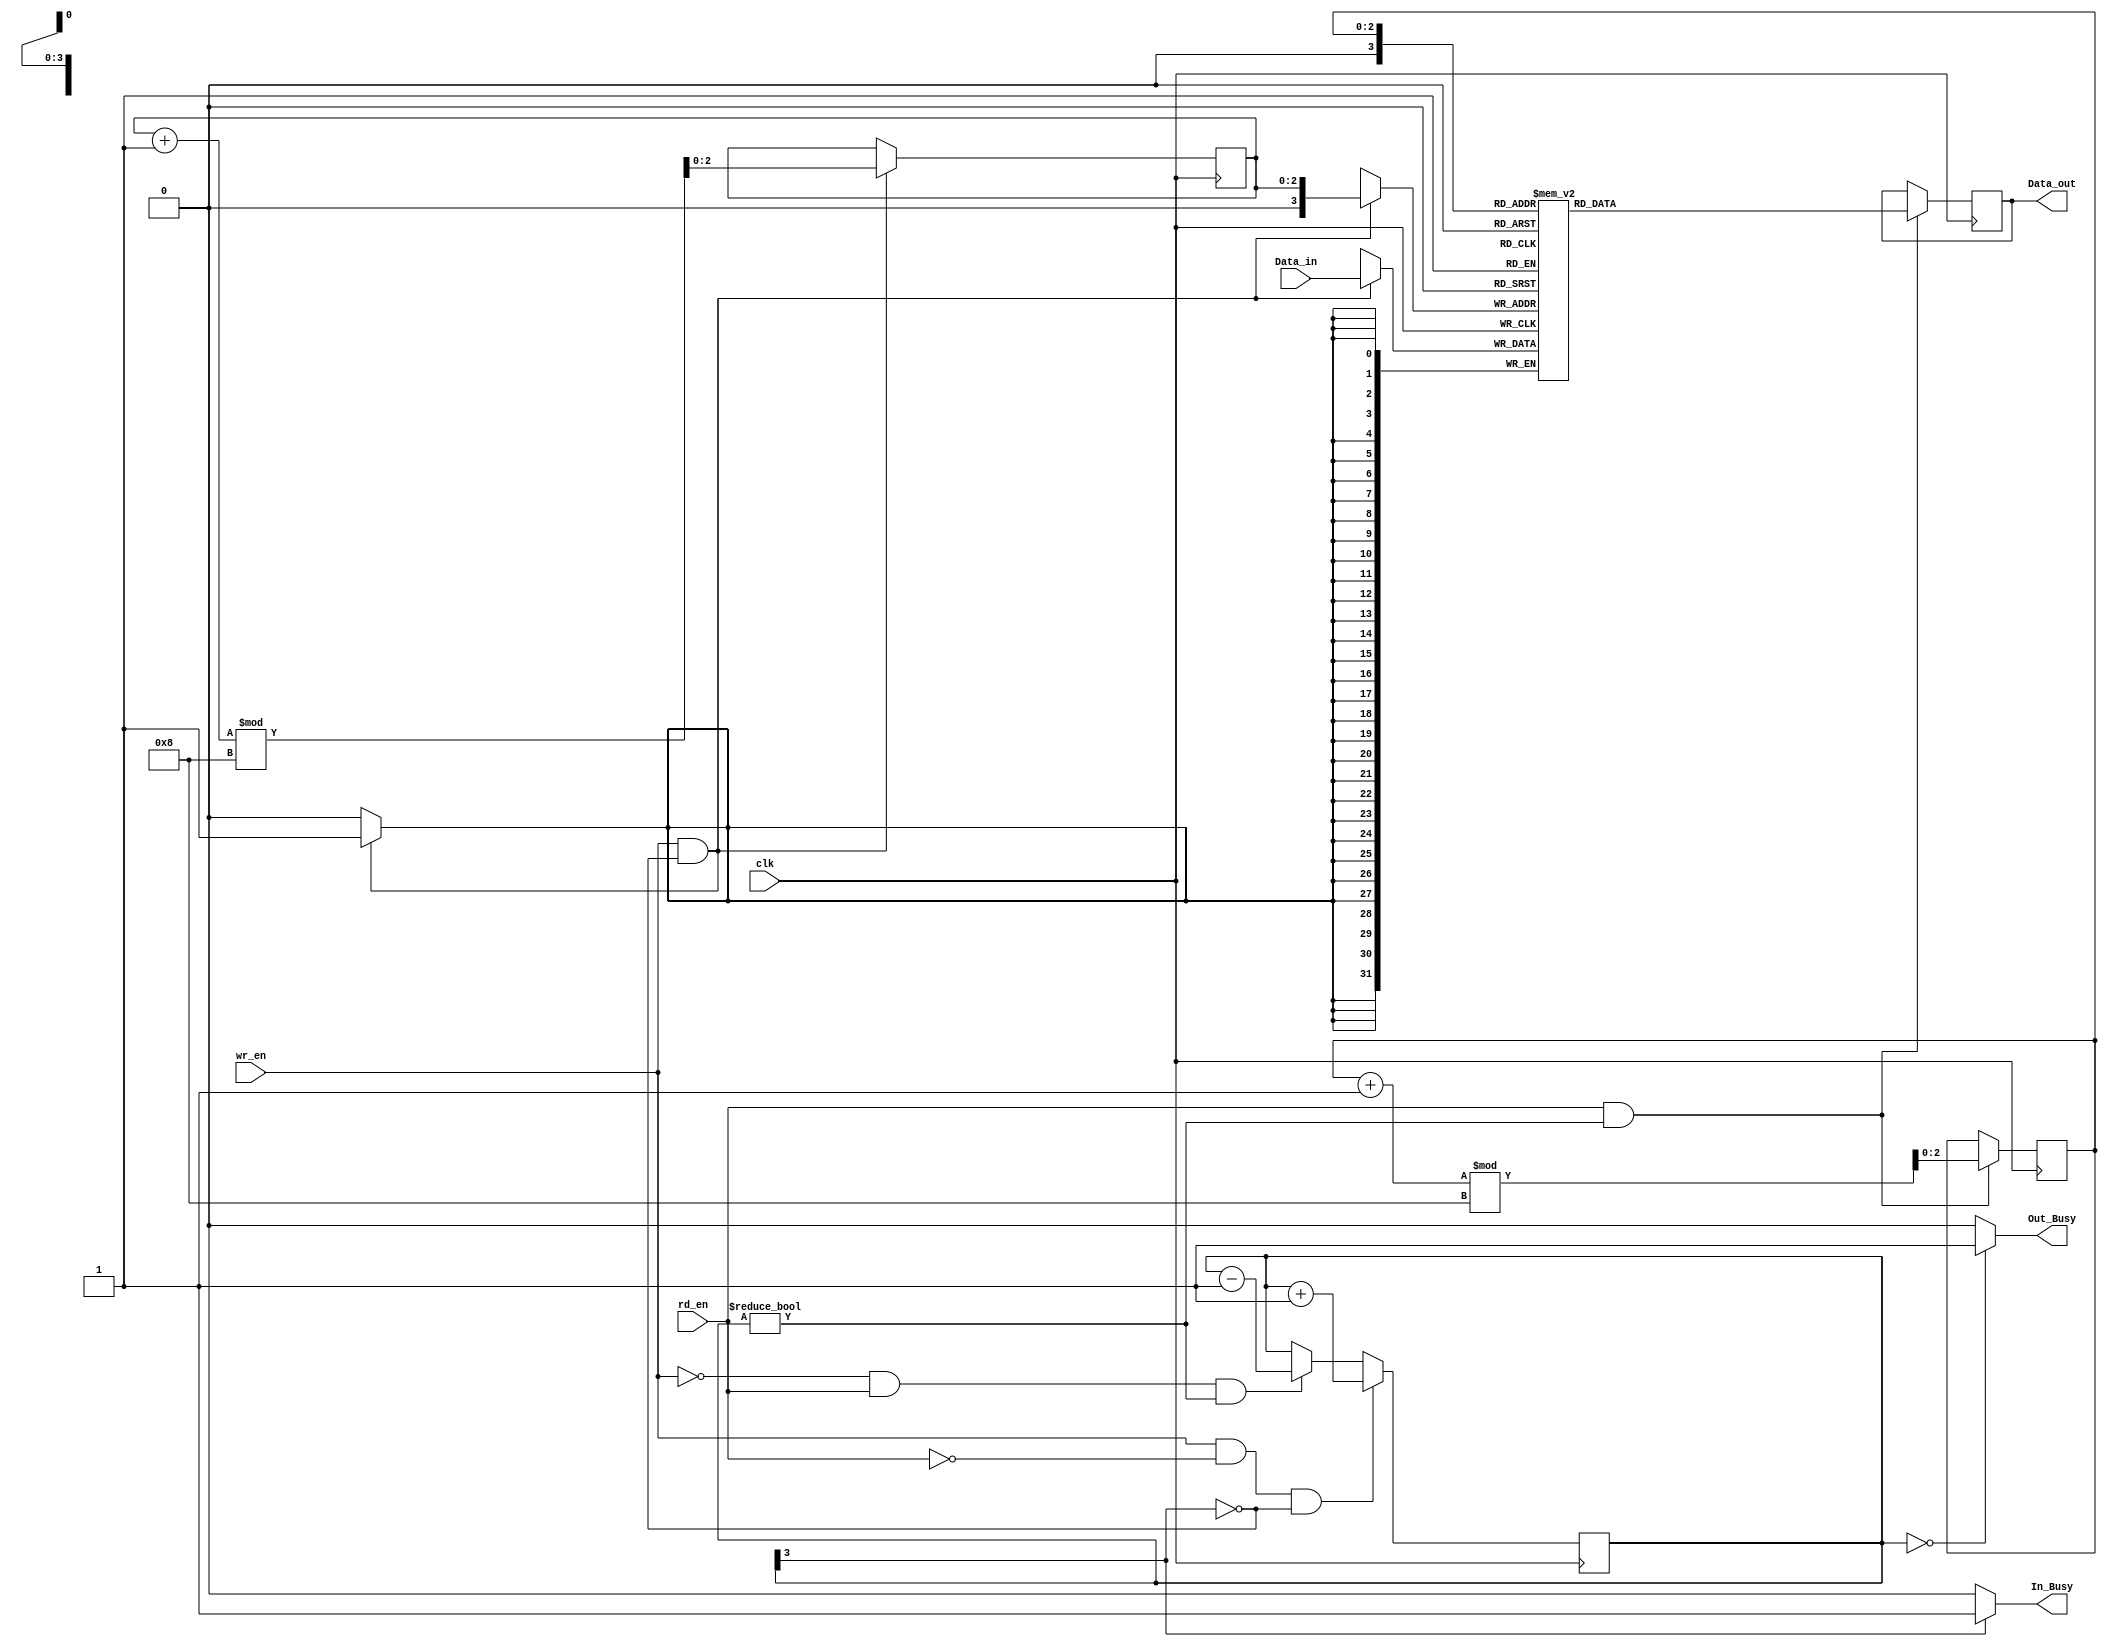
`timescale 1ns / 1ps
//////////////////////////////////////////////////////////////////////////////////
// Company: 
// Engineer: 
// 
// Design Name: 
// Module Name:    Circular_FIFO_module 
// Project Name: 
// Target Devices: 
// Tool versions: 
// Description: 
//
// Dependencies: 
//
// Revision: 
// Revision 0.01 - File Created
// Additional Comments: 
//
//////////////////////////////////////////////////////////////////////////////////

//command Fifo
	module Fifo#(
	parameter Data=32,
	parameter Adbus=3,
	parameter SIZE=8)(
		 input wire             clk,
		 input wire             wr_en,           //write enable
		 input wire             rd_en,            //read _enable
		 input wire [Data-1:0]  Data_in,
		 output reg [Data-1:0]  Data_out,
		 output wire            In_Busy,         //interupt indicate fifo full
		 output wire		      Out_Busy       //interupt indicate fifo empty
		 
		 
		
		 
		 );
	
	reg [Data-1:0]  register [0:SIZE];
	reg [Adbus-1:0] rd_addr,wr_addr;                 //read write address of FIFO
	reg [3:0] count;                               //count variable to check FIFO is full or not
	
	
	initial begin
		rd_addr <= 6'h0;
		wr_addr <= 6'h0;
		count   <= 4'h0;
		Data_out<=32'h0;
		end
		
		
	assign In_Busy=count[3]?1'h1:1'h0;	
	assign Out_Busy=(count==4'h0)?1'h1:1'h0;
		
	always@(posedge clk) begin
		if(wr_en && !count[3]) begin
			register [wr_addr] <= Data_in;
			wr_addr            <= (wr_addr+1'h1)%4'h8;    //increase the counter to write in fifo
		
			end
				

		if(rd_en && count[3:0]!=4'h0) begin
			Data_out <= register [rd_addr];
			rd_addr  <= (rd_addr+1'h1)%4'h8;
			end
		
		
		 if(wr_en && !rd_en &&  !count[3])
				count <= count+1'h1;
			else if(!wr_en && rd_en && count[3:0]!=4'h0)
				count <= count-1'h1;
			else
				count <=count;
		
	
			
	end

endmodule